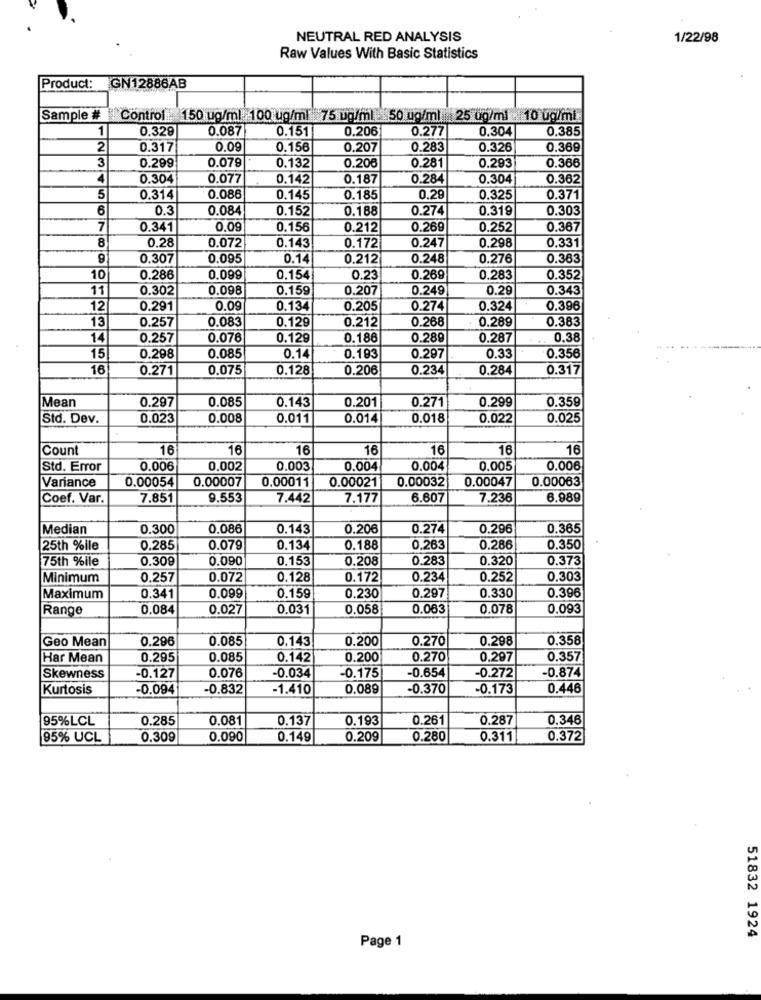
NEUTRAL RED ANALYSIS
1/22/98
Raw Values With Basic Statistics
Product:
IGN12886AB
Sample # Control 150 ug/ml 100 ug/ml 75 ug/ml 50 ug/ml 25 ug/ml 10 ug/mi.
1
0.329
0.087
0.151
0.206
0.277
0.304
0.385
2
0.317
0.09
0.156
0.207
0.283
0.326
0.369
3
0.293
0.366
0.299
0.079
0.132
0.206
0.281
4
0.304
0.077
0.142
0.187
0.284
0.304
0.362
5
0.314
0.088
0.145
0.185
0.29
0.325
0.371
6
0.3
0.084
0.152
0.188
0.274
0.319
0.303
7
0.341
0.09
0.156
0.212
0.269
0.252
0,367
8
0,28
0.072
0.143
0.247
0.298
0.331
0.172
0.307
0.095
0.1
0.212
0.248
0.276
0.363
10
0.286
0,099
0.154
0.23
0.269
0.283
0.352
11
0.302
0.098
0.159
0.207
0.249
0.29
0.343
12
0.291
0.09
0.134
0.205
0.274
0.324
0.396
13
0.257
0.083
0.129
0.212
0.268
0.289
0.383
14
0.257
0.078
0.129
0.186
0.289
0.287
0.38
0.183
15
0.298
0.085
0.14
0.297
0.33
0.356
16
0.271
0.075
0.128
0.206
0.234
0.284
0.317
Mean
0.143
0.359
0.297
0.085
0.201
0.271
0.299
Std. Dev.
0.023
0.008
0.011
0.014
0.018
0.022
0.025
Count
16
16
16
16
16
16
16
Std. Error
0.006
0.002
0.003
0.00
0.004
0.005
0.006
Variance
0.00054
0.00007
0.00011
0.00032
0.00047
0.00063
0.00021
Coef. Var.
7.85
9.553
7.442
7.177
6.607
7.236
6.989
Median
0.300
0.086
0.143
0.206
0.274
0.296
0.365
25th %ile
0.285
0.079
0.134
0.188
0.263
0.286
0.350
75th %ile
0.309
0.090
0.153
0.208
0.283
0.320
0.373
Minimum
0.257
0.072
0.128
0.172
0.234
0.252
0.303
0.297
0.330
0.396
Maximum
0.341
0.099
0.159
0.230
Range
0.084
0.027
0.031
0.058
0.063
0.078
0.093
Geo Mean
0.296
0.085
0.143
0.200
0.270
0.298
0.358
Har Mean
0.295
0.085
0.142
0.200
0.270
0.297
0.357
-0.034
-0.654
-0.272
-0.874
Skewness
-0.127
0.076
-0.175
Kurtosis
-0.094
-0.832
-1.410
0.089
-0.370
-0.173
0.446
95%LCL
0.285
0.081
0.137
0.193
0.261
0.287
0.346
95% UCL
0.309
0.090
0.149
0.209
0.280
0.311
0.372
51832 1924
Page 1